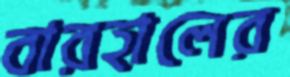
বারহালের